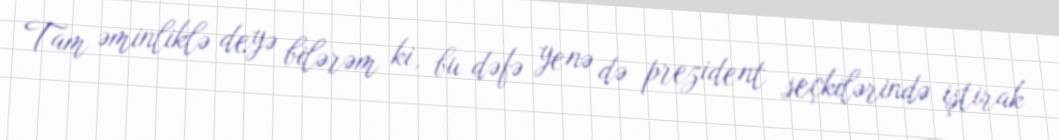
Tam əminliklə deyə bilərəm ki, bu dəfə yenə də prezident seçkilərində iştirak